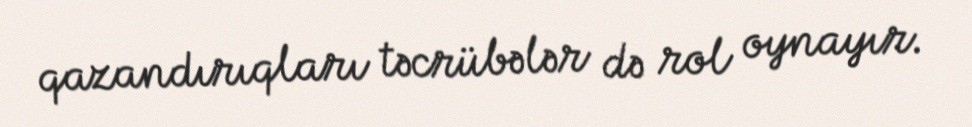
qazandırıqları təcrübələr də rol oynayır.